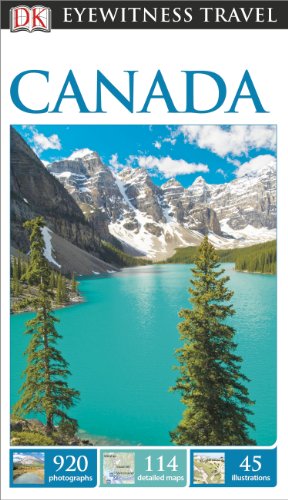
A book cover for DK Eyewitness Travel Guide: Canada; DK Publishing; Travel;